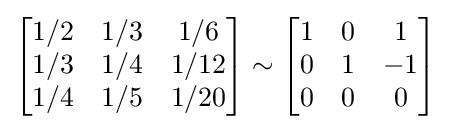
{\begin{bmatrix}1/2&1/3&1/6\\1/3&1/4&1/12\\1/4&1/5&1/20\end{bmatrix}}\sim {\begin{bmatrix}1&0&1\\0&1&-1\\0&0&0\end{bmatrix}}